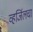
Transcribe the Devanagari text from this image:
व्हर्जिलचा